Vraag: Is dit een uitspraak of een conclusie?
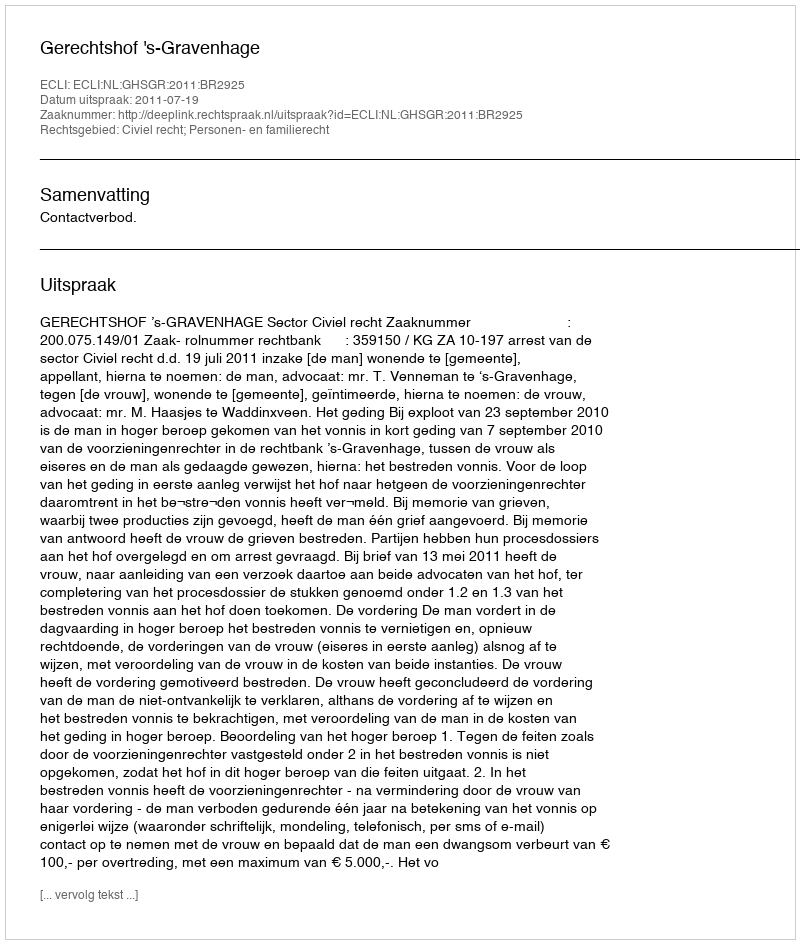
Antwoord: Uitspraak